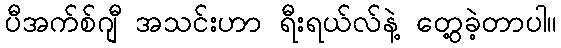
ပီအက်စ်ဂျီ အသင်းဟာ ရီးရယ်လ်နဲ့ တွေ့ခဲ့တာပါ။